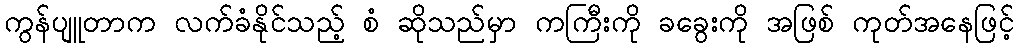
ကွန်ပျူတာက လက်ခံနိုင်သည့် စံ ဆိုသည်မှာ ကကြီးကို ခခွေးကို အဖြစ် ကုတ်အနေဖြင့်